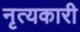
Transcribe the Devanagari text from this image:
नृत्यकारी